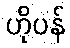
ဟိုပန်